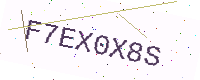
Text: F7EX0X8S